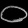
Digit: ၀